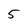
Character: 5